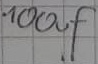
Text: .100µF